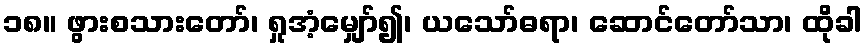
၁၈။ ဖွားစသားတော်၊ ရှုအံ့မျှော်၍၊ ယသော်ဓရာ၊ ဆောင်တော်သာ၊ ထိုခါ